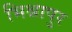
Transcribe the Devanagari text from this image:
भिश्नापुर